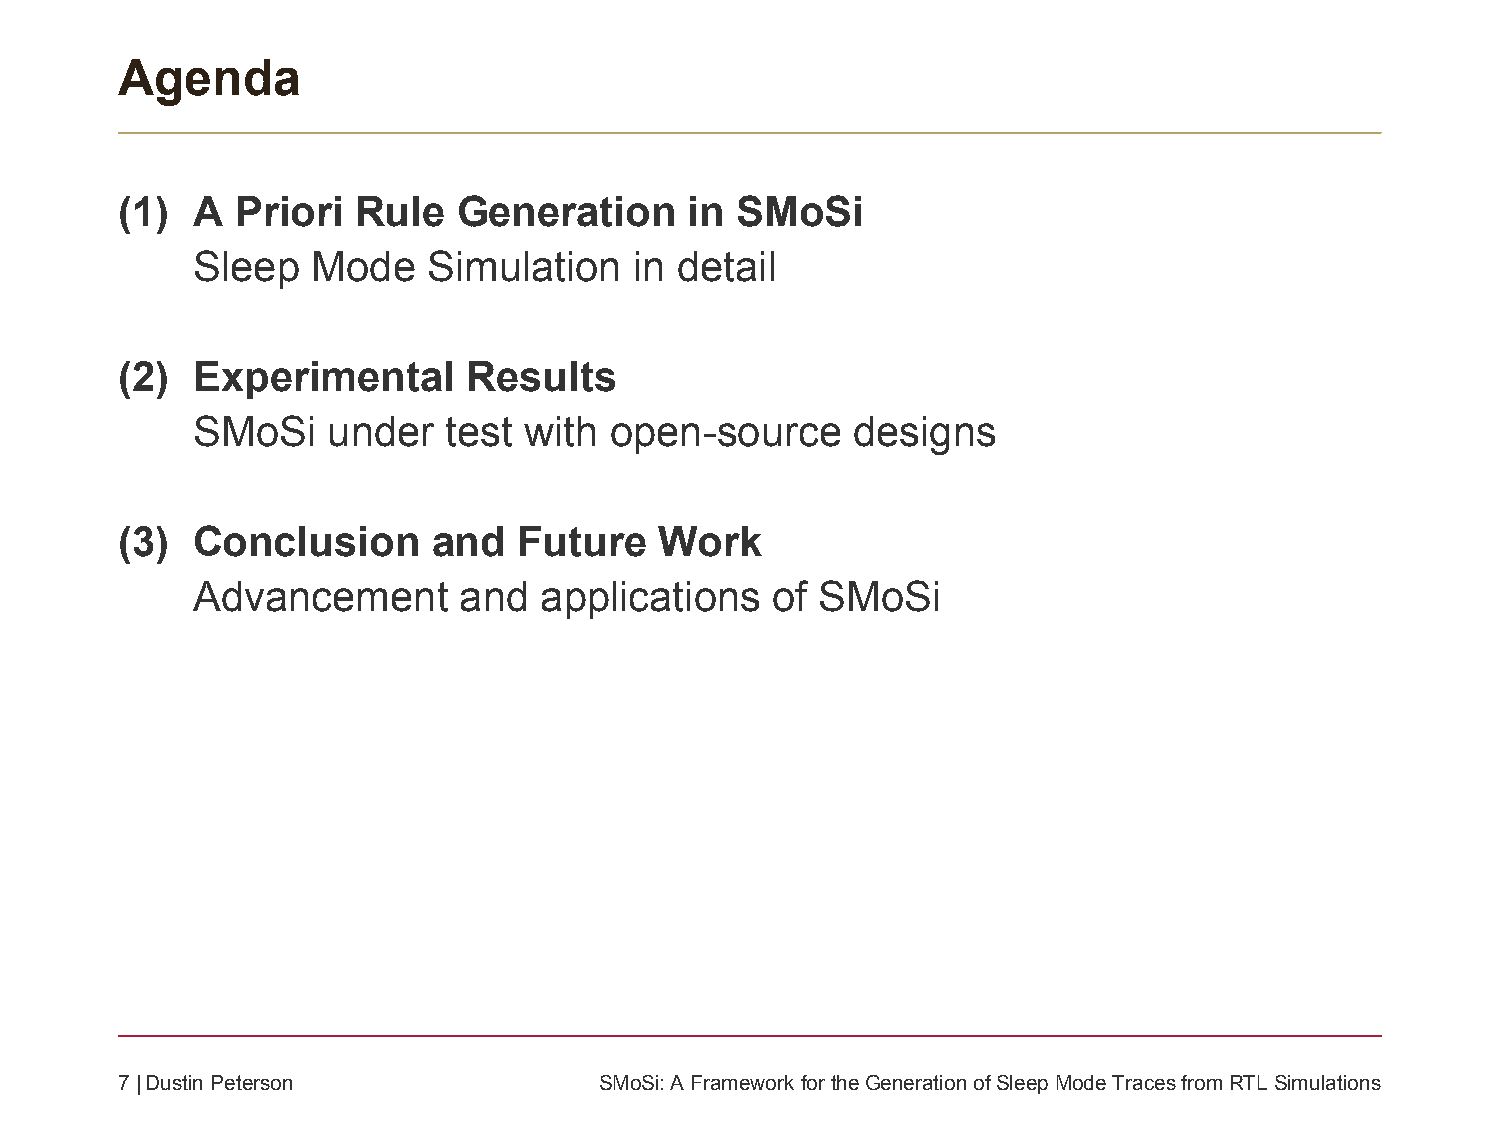
Agenda
 (1)  A  Priori Rule   Generation      in SMoSi
 Sleep   Mode   Simulation    in detail
 (2)  Experimental      Results
 SMoSi    under  test  with open-source     designs
 (3)  Conclusion      and  Future    Work
 Advancement      and   applications   of SMoSi
 7| Dustin Peterson              SMoSi: A Framework fortheGeneration ofSleepMode Traces fromRTL Simulations